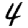
Digit: 4